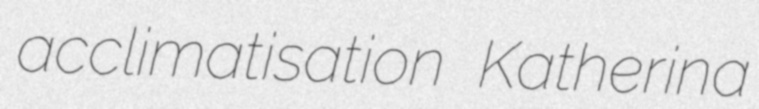
acclimatisation Katherina